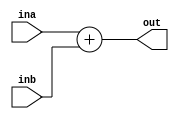
`timescale 1ns / 1ps
//////////////////////////////////////////////////////////////////////////////////
// Company: 
// Engineer: 
// 
// Design Name: 
// Module Name: adder
// Project Name: 
// Target Devices: 
// Tool Versions: 
// Description: 
// 
// Dependencies: 
// 
// Revision:
// Revision 0.01 - File Created
// Additional Comments:
// 
//////////////////////////////////////////////////////////////////////////////////


module adder(
    input [31:0] ina, inb,
    output [31:0] out
    );
    
    assign out = ina + inb;
    
endmodule